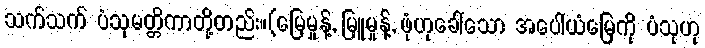
သက်သက် ပံသုမတ္တိကာတို့တည်း။(မြေမှုန့်, မြူမှုန့်, ဖုံဟုခေါ်သော အပေါ်ယံမြေကို ပံသုဟု